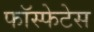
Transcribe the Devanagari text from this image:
फॉस्फेटेस